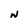
Character: W